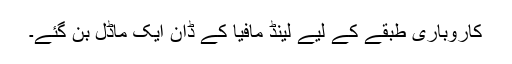
کاروباری طبقے کے لیے لینڈ مافیا کے ڈان ایک ماڈل بن گئے۔